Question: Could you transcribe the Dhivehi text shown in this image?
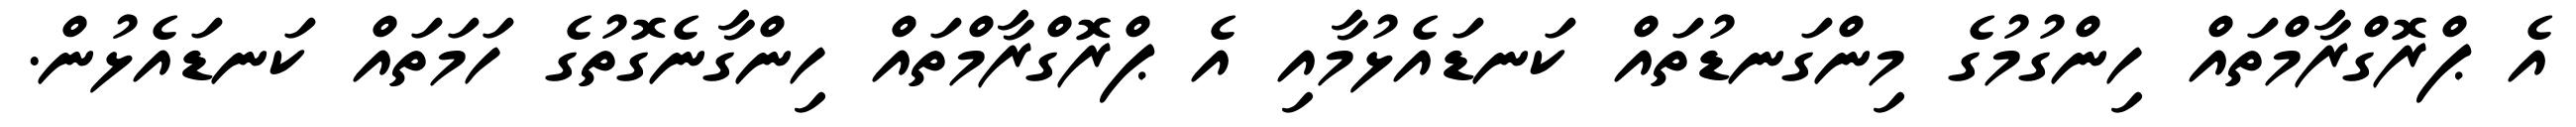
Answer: އެ ޕްރޮގްރާމްތައް ހިންގުމުގެ މިންގަނޑުތައް ކަނޑައެޅުމާއި އެ ޕްރޮގްރާމްތައް ހިންގާނެގޮތުގެ ހަމަތައް ކަނޑައެޅުން.